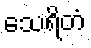
သေရိတံ